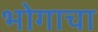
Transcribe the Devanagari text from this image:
भोगाचा